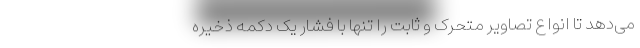
می‌دهد تا انواع تصاویر متحرک و ثابت را تنها با فشار یک دکمه ذخیره